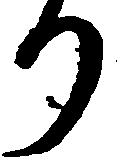
り